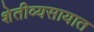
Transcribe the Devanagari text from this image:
शेतीव्यसायात